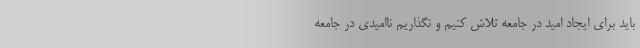
باید برای ایجاد امید در جامعه تلاش کنیم و نگذاریم ناامیدی در جامعه